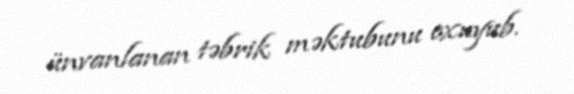
ünvanlanan təbrik məktubunu oxuyub.